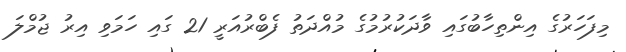
މިފަހަރުގެ އިންތިހާބުގައި ވާދަކުރުމުގެ މުއްދަތު ފެބްރުއަރީ 21 ގައި ހަމަވި އިރު ޖުމްލަ